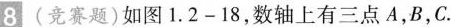
8（竞赛题）如图1.2-18，数轴上有三点A，B，C.